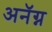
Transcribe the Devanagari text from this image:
अनॅग्न